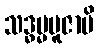
သဒ္ဓမ္မပူဇာပိ